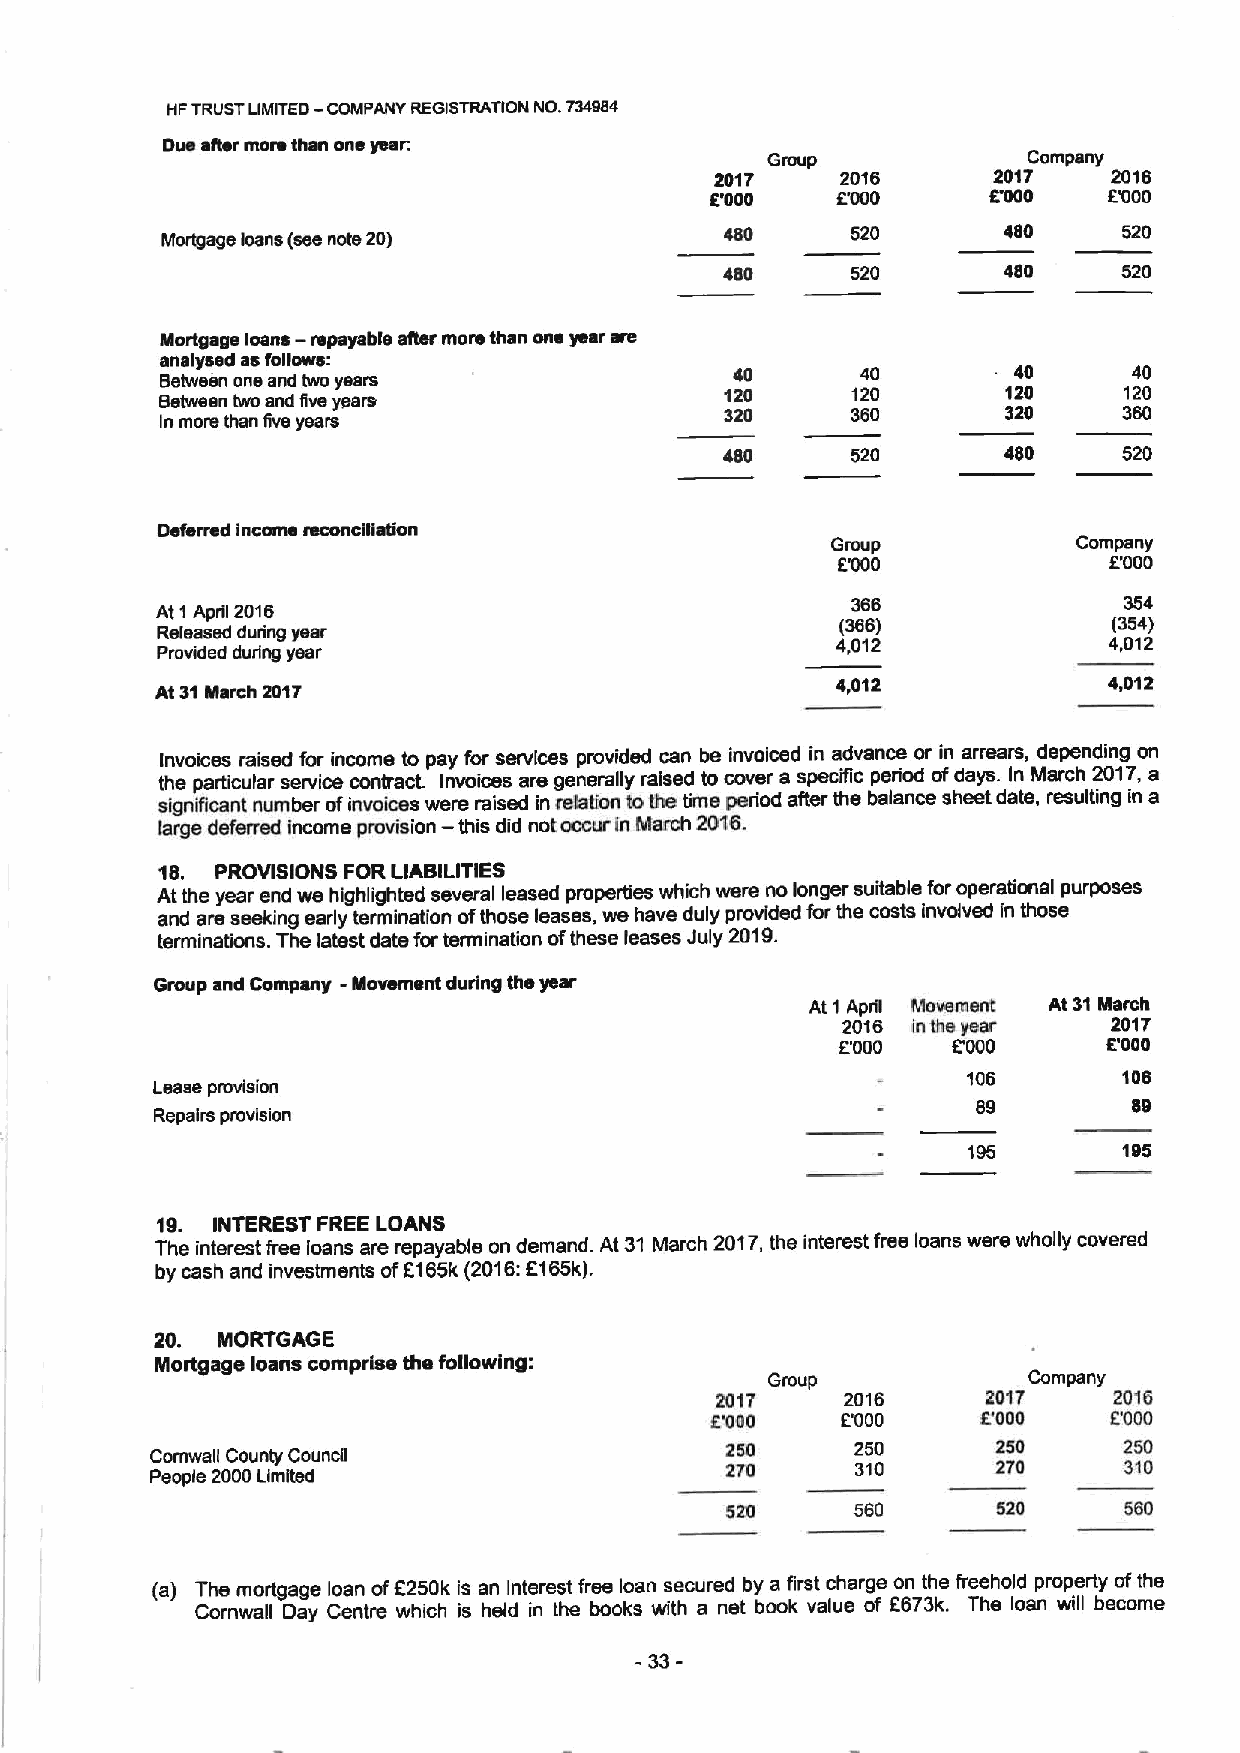
HFTRUSTLIMITED—COMPANY REGISTRATION NO.734484
 Dw sitar mors than one yean
 Group            Company
 2017     2016      2017    2016
 E'000   ET)00     MOO     F'000
 Mcrlgegs loans (sss note 20)         480     520       480     520
 480     520       480     520
 Mortgage loans — repayable sitar more than one year are
 anslysed as follows:
 40      40        40      40
 Between one snd twc years
 120     120        120    120
 Between two and fivs years
 320     360        320    360
 In mors than five years
 520       480     520
 Deferred income mconcOiation
 Group           Company
 ET)00             B000
 366               354
 At 1April 2016
 (366)             (354)
 Released during year
 4,012             4,012
 Provided during year
 At 31March 2017
 4,012             4,012
 Invoices raised for income to pay for services provided can be invoiced in advance or in arrears, depending on
 the particular service contracL Invoices are generally raised to cover a specific period ofdays. In March 2017,a
 significant number cfinvoices were raised in mlation tothe time period after the balance sheet date, resulting in a
 farge deferred Income provision — this did not occur ln March 2016.
 16. PROVISIONS FORLIABILITIES
 At the year end we highlighted several leased properties which were no longer suitable foroperational purposes
 and are seeking early termination ofthose leases, we have duly provided for the costs involved in those
 terminations. The latest date fortermination ofthese leases July 2019.
 Group and Company - Movement during the year
 At 1 Aprfi Movsis ant At 31March
 2016 Inthe year   201'7
 F'000  BOOO      BOOO
 106       108
 Lease provision
 89        89
 Repairs provision
 195       195
 19. INTEREST FREELOANS
 The interest free loans are repayable on demand. At 31 March 2017,the interest free loans were wholly covered
 by cash and investments ofK165k (2016:2165k).
 20. MORTGAG E
 Mortgage loans comprise the following:
 Group            Company
 2017     2016     2017     2016
 E'000    E'000    E'000   E'000
 250      250      250     250
 Comwafi County Council
 270      310      270     310
 People 2000 Limited
 520      560      520     580
 (a) The mortgage loan ofE250k is an interest free loan secured by a first charge on the freehold property ofthe
 Cornwafi Oay Centre which is held in the books with a net book value of E673k. The loan will become
 33-